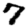
Digit: 7